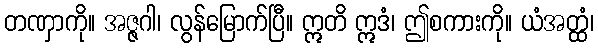
တဏှာကို။ အဇ္ဇဂါ၊ လွန်မြောက်ပြီ။ ဣတိ ဣဒံ၊ ဤစကားကို။ ယံအတ္ထံ၊